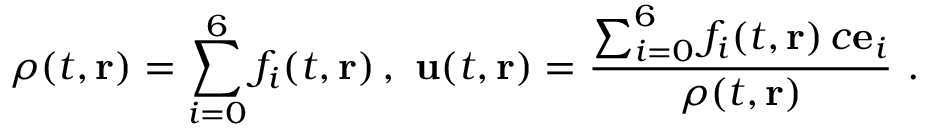
\rho ( t , \mathbf { r } ) = \sum _ { i = 0 } ^ { 6 } f _ { i } ( t , \mathbf { r } ) \, , \ \mathbf { u } ( t , \mathbf { r } ) = \frac { \sum _ { i = 0 } ^ { 6 } f _ { i } ( t , \mathbf { r } ) \, c { \bf e } _ { i } } { \rho ( t , \mathbf { r } ) } \ .